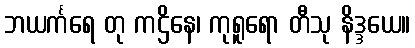
ဘယင်္ကရေ တု ကဌိနေ၊ ကုရူရော တီသု နိဒ္ဒယေ။